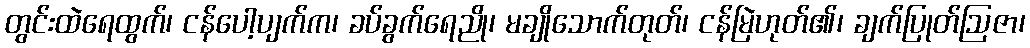
တွင်းထဲရေထွက်၊ ငန်ပေါ့ပျက်က၊ ခပ်ခွက်ရေညို၊ မချိုသောက်တုတ်၊ ငန်မြဲဟုတ်၏၊ ချက်ပြုတ်ဩဇာ၊